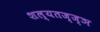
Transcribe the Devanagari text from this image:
शल्यतज्‍ज्ञ